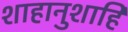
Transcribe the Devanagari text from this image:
शाहानुशाहि